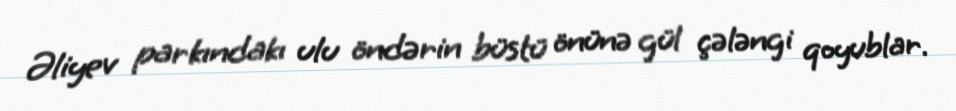
Əliyev parkındakı ulu öndərin büstü önünə gül çələngi qoyublar.